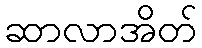
ဆာလာအိတ်